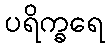
ပရိက္ခရေ